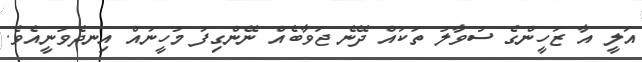
އަލީ އާ ޒަހީންގެ ސުވާލު ތަކައް ދޭނެ ޖަވާބެއް ނޭންގިފަ މުހީނައް އިނދެވުނީއެވެ.